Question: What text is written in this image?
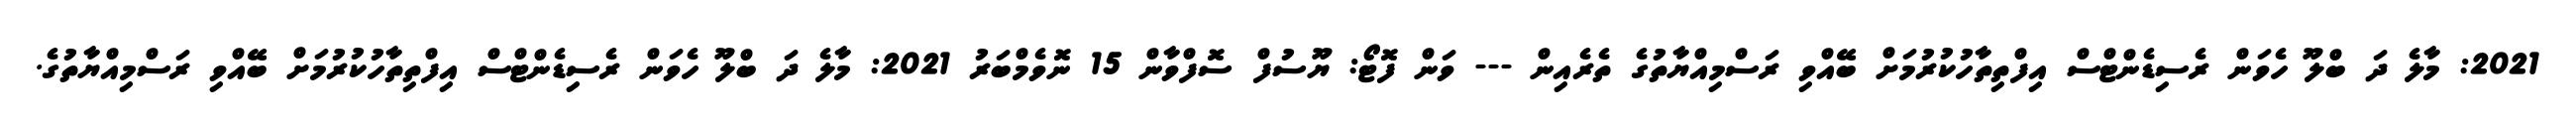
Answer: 2021: މާލެ ދަ ބްލޫ ހެވަން ރެސިޑެންޓްސް އިފްތިތާހުކުރުމަށް ބޭއްވި ރަސްމިއްޔާތުގެ ތެރެއިން --- ވަން ފޮޓޯ: ޔޫސުފް ސޮފްވާން 15 ނޮވެމްބަރު 2021: މާލެ ދަ ބްލޫ ހެވަން ރެސިޑެންޓްސް އިފްތިތާހުކުރުމަށް ބޭއްވި ރަސްމިއްޔާތުގެ.